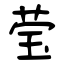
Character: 莹